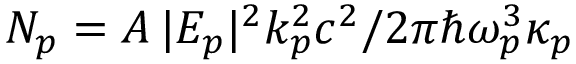
N _ { p } = A \, | E _ { p } | ^ { 2 } k _ { p } ^ { 2 } c ^ { 2 } / 2 \pi \hbar \omega _ { p } ^ { 3 } \kappa _ { p }